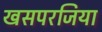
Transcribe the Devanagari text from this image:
खसपरजिया